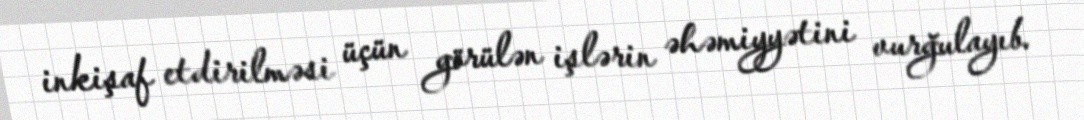
inkişaf etdirilməsi üçün görülən işlərin əhəmiyyətini vurğulayıb.